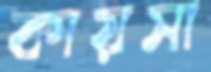
কায়সা